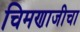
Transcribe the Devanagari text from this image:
चिमणाजीचा